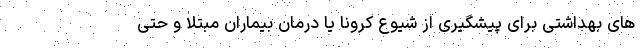
های بهداشتی برای پیشگیری از شیوع کرونا یا درمان بیماران مبتلا و حتی